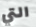
التي